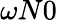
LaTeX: \omega N0